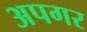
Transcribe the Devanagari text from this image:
अपगर